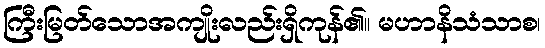
ကြီးမြတ်သောအကျိုးလည်းရှိကုန်၏။ မဟာနိသံသာစ၊